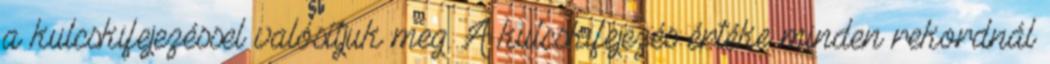
a kulcskifejezéssel valósítjuk meg. A kulcskifejezés értéke minden rekordnál